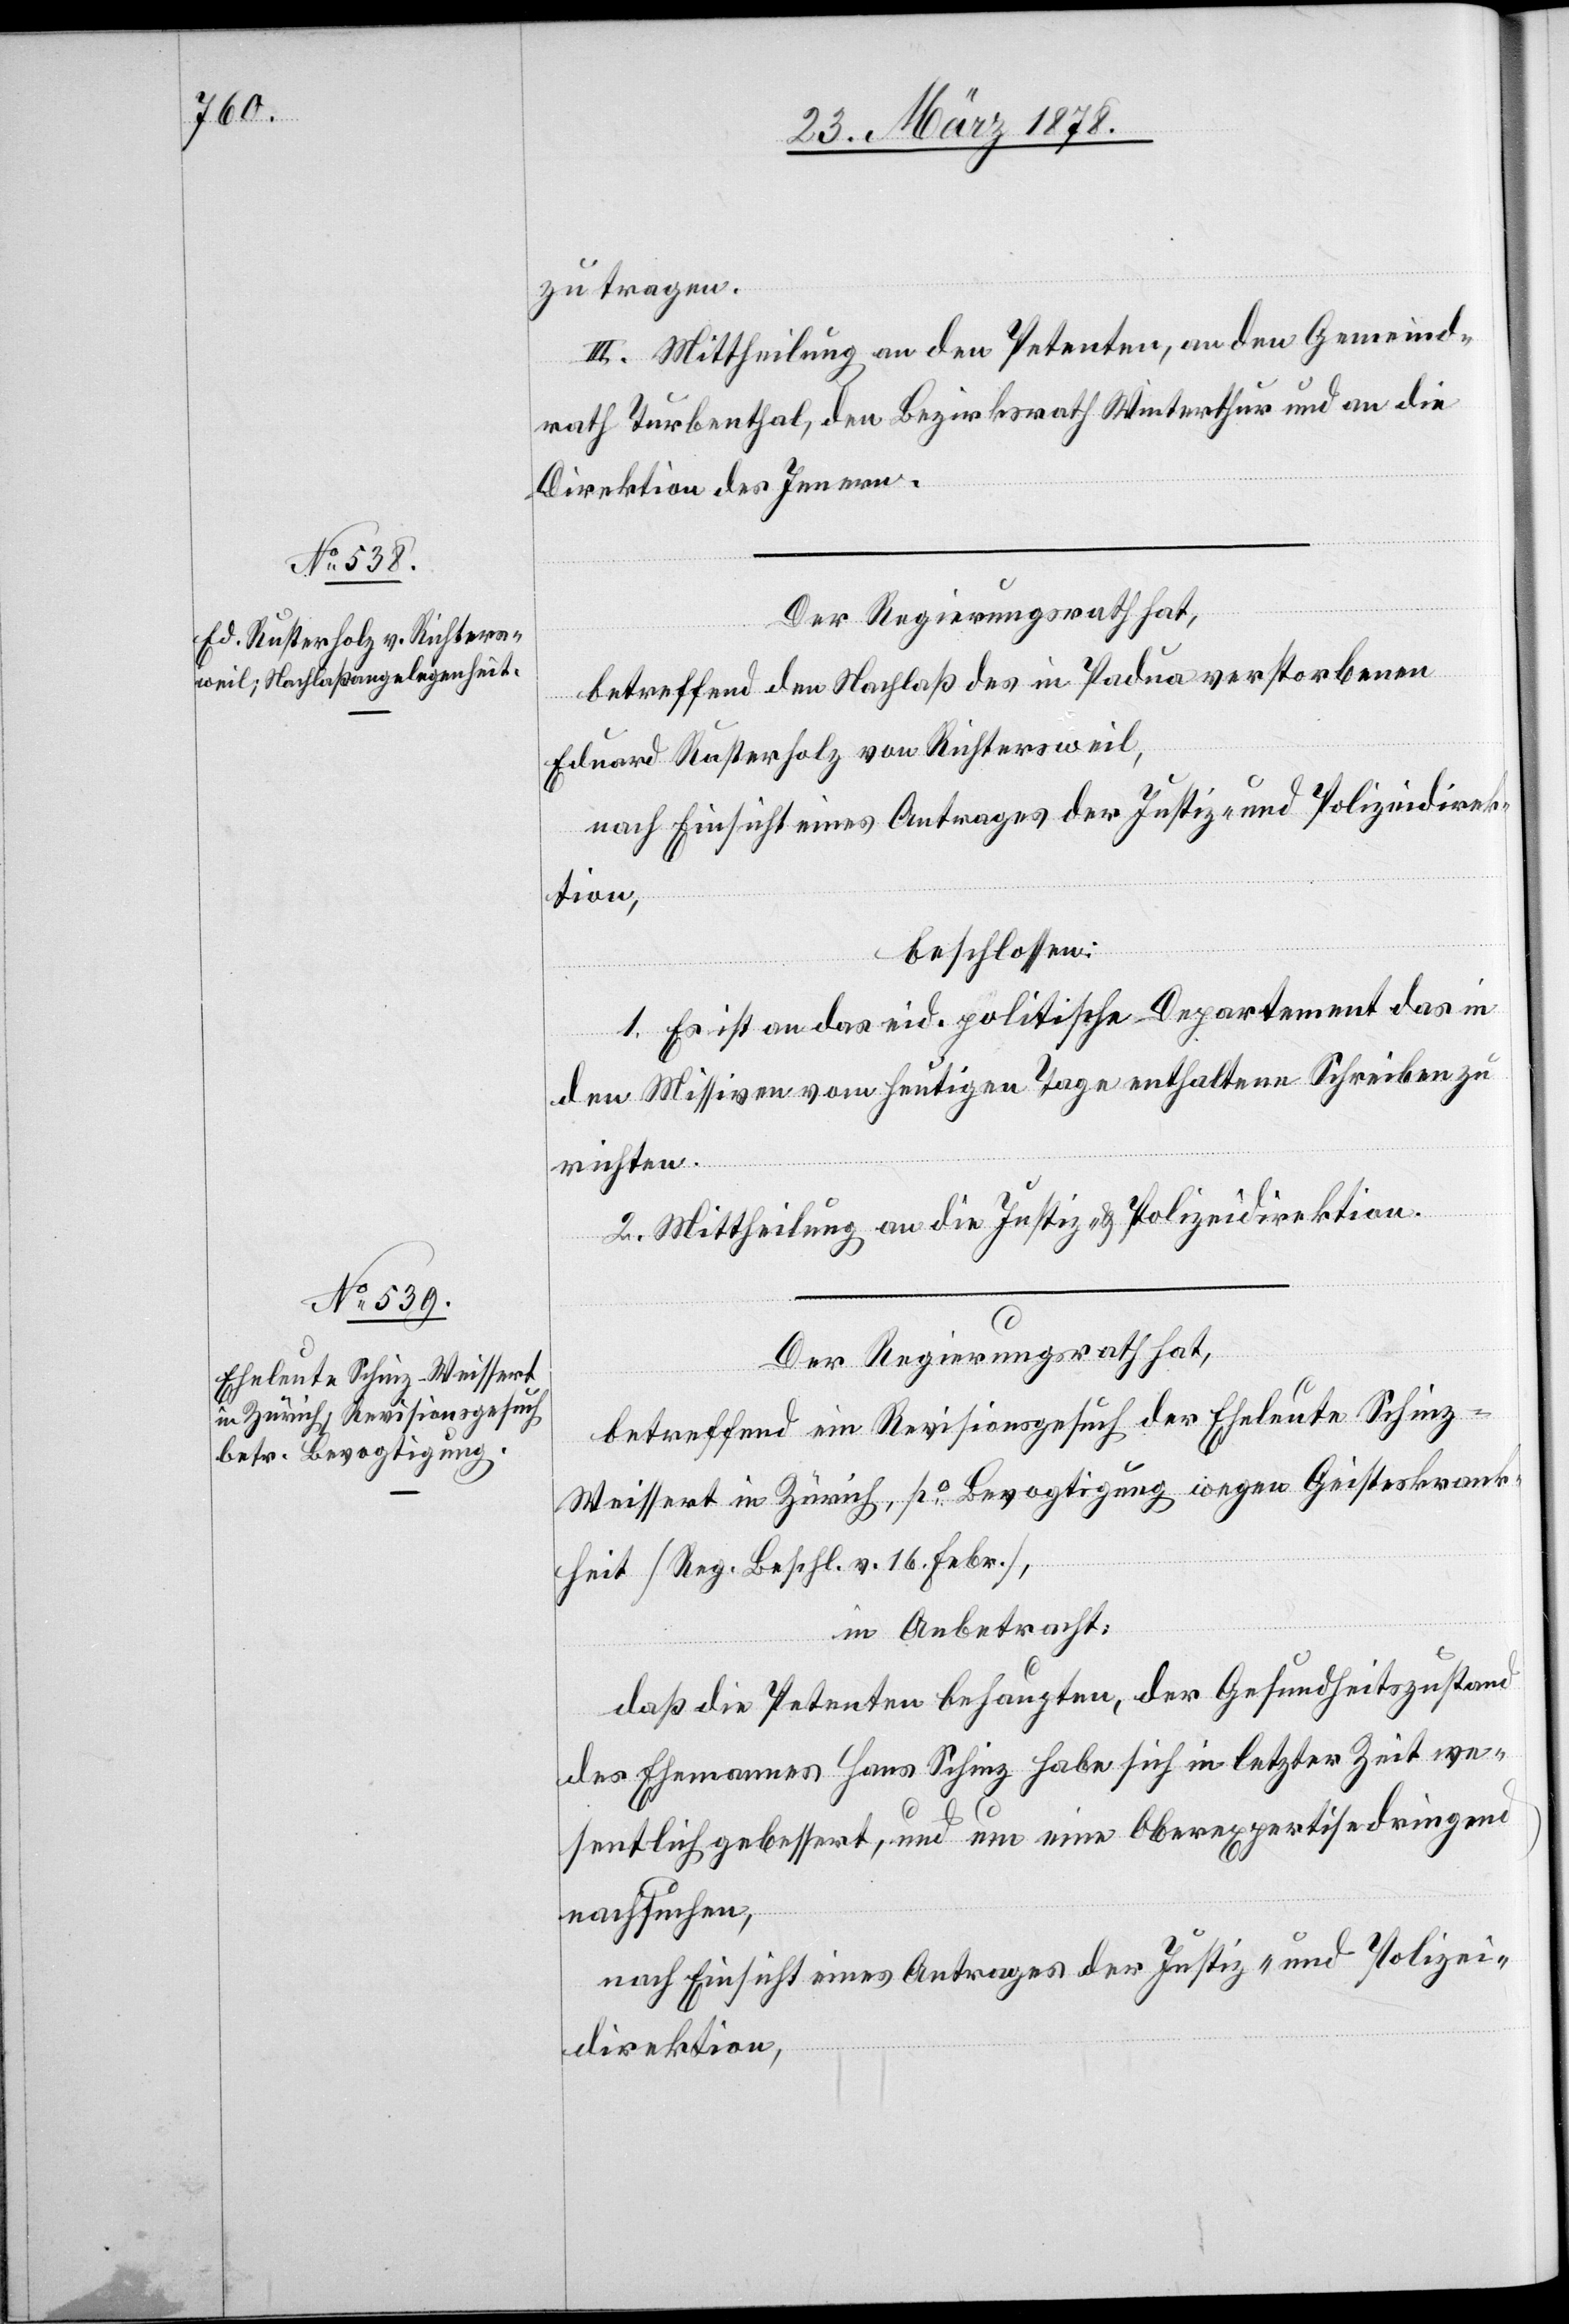
zu tragen.
III. Mittheilung an den Petenten, an den Gemeind¬
rath Turbenthal, den Bezirksrath Winterthur und an die
Direktion des Innern.
Der Regierungsrath hat,
betreffend den Nachlaß des in Padua verstorbenen
Eduard Rusterholz von Richtersweil,
beschlossen:
1. Es ist an das eid. politische Departement das in
den Missiven vom heutigen Tage enthaltene Schreiben zu
richten.
2. Mittheilung an die Justiz- & Polizeidirektion.
Der Regierungsrath hat,
betreffend ein Revisionsgesuch der Eheleute Schin¬
z-Weissert in Zürich, po Bevogtigung wegen Geisteskrank¬
heit (Reg. Beschl. v. 16. Febr.),
in Anbetracht:
daß die Petenten behaupten, der Gesundheitszustand
des Ehemannes Hans Schinz habe sich in letzter Zeit we¬
sentlich gebessert, und um eine Oberexpertise dringend
nachsuchen,
nach Einsicht eines Antrages der Justiz- und Polizei¬
direktion,